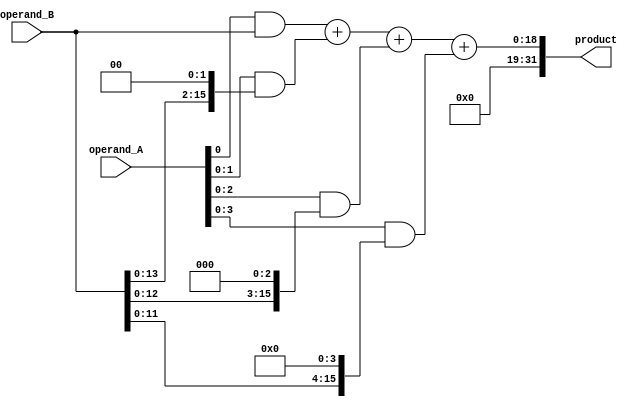
module dadda_multiplier (
    input [15:0] operand_A,
    input [15:0] operand_B,
    output reg [31:0] product
);

reg [31:0] partial_products [3:0];

// Generate partial products
always @*
begin
    partial_products[0] = operand_A[0] & operand_B;
    partial_products[1] = {operand_A[1],operand_A[0]} & {operand_B,2'b0};
    partial_products[2] = {operand_A[2],operand_A[1],operand_A[0]} & {operand_B,3'b0};
    partial_products[3] = {operand_A[3],operand_A[2],operand_A[1],operand_A[0]} & {operand_B,4'b0};
end

// Generate final product using Dadda Multiplier architecture
always @*
begin
    product = partial_products[0] + partial_products[1][15:0] + partial_products[2][15:0] + partial_products[3][15:0];
end

endmodule